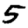
Digit: 5